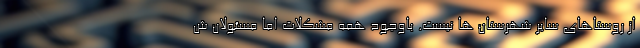
از روستاهای سایر شهرستان ها نیست. باوجود همه مشکلات اما مسئولان ش